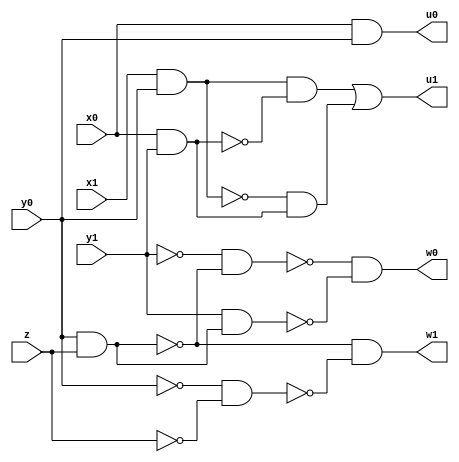
// Benchmark "top" written by ABC on Fri Aug 18 16:47:21 2023

module top ( 
    x0, x1, y0, y1, z,
    u0, u1, w0, w1  );
  input  x0, x1, y0, y1, z;
  output u0, u1, w0, w1;
  wire new_n11_, new_n12_, new_n13_, new_n14_, new_n16_, new_n17_, new_n18_,
    new_n20_;
  assign u0 = x0 & y0;
  assign new_n11_ = x1 & y0;
  assign new_n12_ = x0 & y1;
  assign new_n13_ = new_n11_ & ~new_n12_;
  assign new_n14_ = ~new_n11_ & new_n12_;
  assign u1 = new_n13_ | new_n14_;
  assign new_n16_ = y0 & z;
  assign new_n17_ = ~y1 & ~new_n16_;
  assign new_n18_ = y1 & new_n16_;
  assign w0 = ~new_n17_ & ~new_n18_;
  assign new_n20_ = ~y0 & ~z;
  assign w1 = ~new_n16_ & ~new_n20_;
endmodule